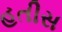
હતીસ